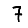
Digit: 7